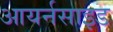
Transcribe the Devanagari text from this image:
आयर्नसाइड